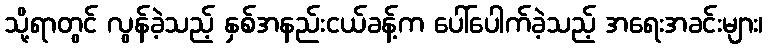
သို့ရာတွင် လွန်ခဲ့သည့် နှစ်အနည်းငယ်ခန့်က ပေါ်ပေါက်ခဲ့သည့် အရေးအခင်းများ၊